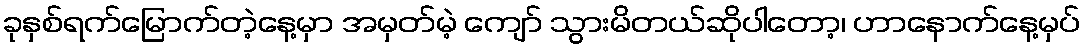
ခုနှစ်ရက်မြောက်တဲ့နေ့မှာ အမှတ်မဲ့ ကျော် သွားမိတယ်ဆိုပါတော့၊ ဟာနောက်နေ့မှပ်